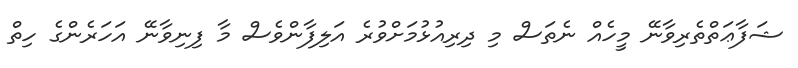
ޝަފާޢަތްތެރިވާނޭ މީހެއް ނެތަސް މި ދިރިއުޅުމަށްވުރެ އަލިފާންވެސް މާ ފިނިވާނޭ އަހަރެންގެ ހިތް